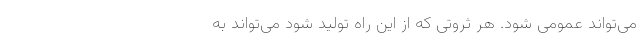
می‌تواند عمومی شود. هر ثروتی که از این راه تولید شود می‌تواند به